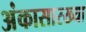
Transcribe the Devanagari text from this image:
अंकासारख्या